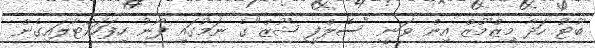
ބޫޓު ހަދާ މިޒްމޫޒް އިން ވަނީ "ސެލްފީ ޝޫޒް"ގެ ނަމުގައި ފޯނު ހިފަހައްޓާލައިގެން